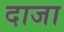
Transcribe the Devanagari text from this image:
दाजा